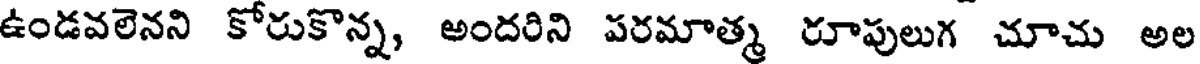
ఉండవలెనని కోరుకొన్న, అందరిని పరమాత్మ రూపులుగ చూచు అల